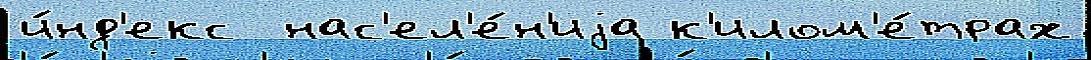
и́нд'екс  нас'ел'е́н'иjа к'илом'е́трах